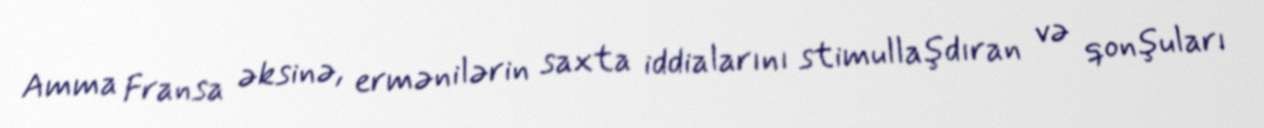
Amma Fransa əksinə, ermənilərin saxta iddialarını stimullaşdıran və qonşuları